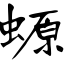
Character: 螈